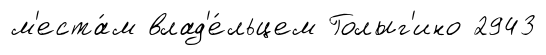
м'еста́м влад'е́льцем Голыг'ино 2943